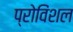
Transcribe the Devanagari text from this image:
प्रोविंशल